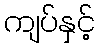
ကျပ်နှင့်